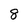
Character: 8